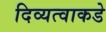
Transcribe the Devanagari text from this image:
दिव्यत्वाकडे